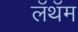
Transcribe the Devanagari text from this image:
लॅथॅम